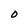
Character: 0